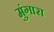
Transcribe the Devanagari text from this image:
मुंगारा